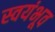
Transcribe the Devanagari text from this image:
स्वयंभूव